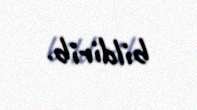
bildirib.